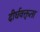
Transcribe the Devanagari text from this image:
दीर्घवक्तृता